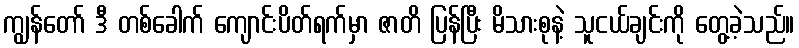
ကျွန်တော် ဒီ တစ်ခေါက် ကျောင်းပိတ်ရက်မှာ ဇာတိ ပြန်ပြီး မိသားစုနဲ့ သူငယ်ချင်းကို တွေ့ခဲ့သည်။